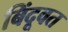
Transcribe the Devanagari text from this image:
बिंदूवत